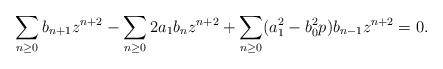
LaTeX: \begin{align*}\begin{aligned} \sum_{n\geq 0} b_{n+1} z^{n+2} - \sum_{n\geq 0} 2a_1 b_{n}z^{n+2} + \sum_{n\geq 0}(a_1^2-b_0^2 p) b_{n-1}z^{n+2}=0. \end{aligned}\end{align*}